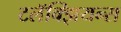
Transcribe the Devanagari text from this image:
टलॅक्झियन्स